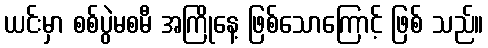
ယင်းမှာ စစ်ပွဲမစမီ အကြိုနေ့ ဖြစ်သောကြောင့် ဖြစ် သည်။